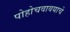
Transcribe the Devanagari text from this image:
पोहोचवावयाचे